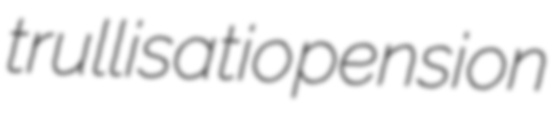
trullisatio pension